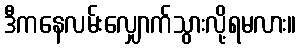
ဒီကနေလမ်းလျှောက်သွားလို့ရမလား။